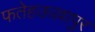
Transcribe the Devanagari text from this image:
फतेहऊल्लापुर